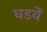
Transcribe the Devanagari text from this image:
घडवें